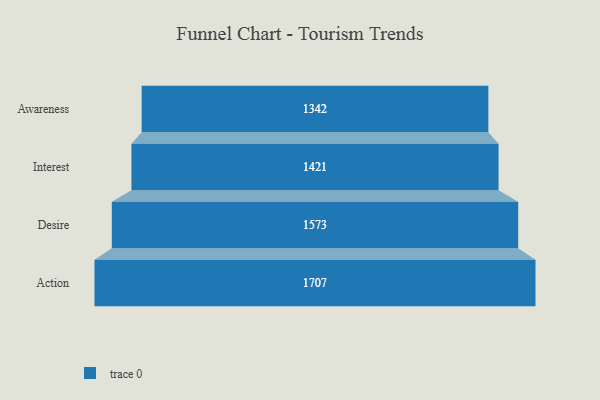
{"axis": {"x": "Stage", "y": "Value"}, "legend": [""], "data": [{"x": "Awareness", "y": 1342.0, "type": ""}, {"x": "Interest", "y": 1421.0, "type": ""}, {"x": "Desire", "y": 1573.0, "type": ""}, {"x": "Action", "y": 1707.0, "type": ""}]}